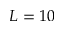
L = 1 0